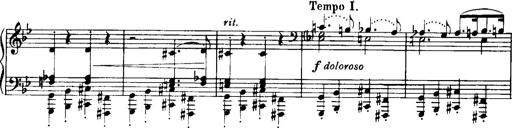
Title: Historische ungarische Bildnisse
Composer: Franz Liszt